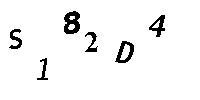
S182D4